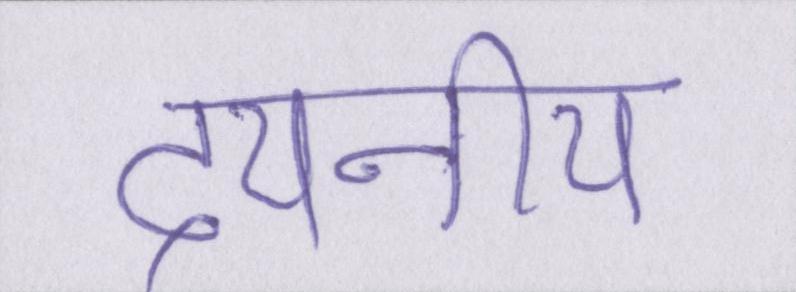
दयनीय